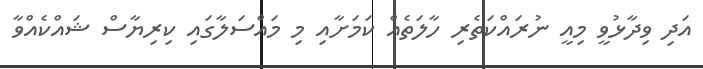
އަދި ވިދާޅުވީ މިއީ ނުރައްކަތެރި ހާލަތެއް ކަމަށާއި މި މައްސަލާގައި ކިރިޔާސް ޝައްކެއްވާ